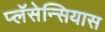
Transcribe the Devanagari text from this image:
प्लॅसेन्सियास